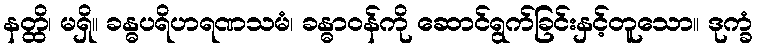
နတ္ထိ၊ မရှိ။ ခန္ဓပရိဟရဏသမံ၊ ခန္ဓာဝန်ကို ဆောင်ရွက်ခြင်းနှင့်တူသော။ ဒုက္ခံ